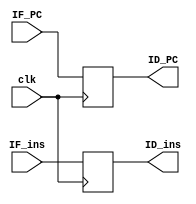
module IF_ID (clk, IF_PC, IF_ins, ID_PC, ID_ins);
    
    input  clk;

    input  [31:0] IF_PC;
    input  [31:0] IF_ins;
    
    output reg [31:0] ID_PC;
    output reg [31:0] ID_ins;

    always @(posedge clk) begin
        ID_PC <= IF_PC;
        ID_ins <= IF_ins;
    end

endmodule //IF_ID